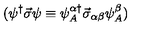
( \psi ^ { \dagger } \vec { \sigma } \psi \equiv \psi _ { A } ^ { \alpha \dagger } \vec { \sigma } _ { \alpha \beta } \psi _ { A } ^ { \beta } )